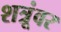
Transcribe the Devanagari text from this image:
शत्रूंवर